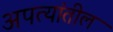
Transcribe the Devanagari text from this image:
अपत्यांतील